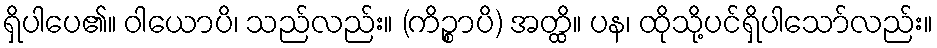
ရှိပါပေ၏။ ဝါယောပိ၊ သည်လည်း။ (ကိဉ္စာပိ) အတ္ထိ။ ပန၊ ထိုသို့ပင်ရှိပါသော်လည်း။